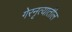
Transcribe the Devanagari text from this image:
गेरनृत्यातील